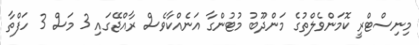
މިނިސްޓްރީ ކޮމަންވެލްތުގެ މަންދޫބު މުޓުންގާ އަނެއްކާވެސް ރާއްޖޭގައި 3 މަސް 3 ހަފްތާ